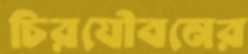
চিরযৌবনের